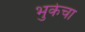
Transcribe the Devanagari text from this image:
भुकेचा